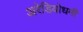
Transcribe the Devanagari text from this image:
अरेडियोधर्मी